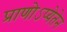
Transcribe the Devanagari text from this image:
प्राणोऽप्येतेन